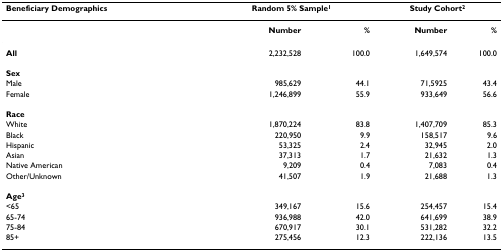
<table><thead><tr><td><b>Beneficiary Demographics</b></td><td colspan="2"><b>Random 5% Sample<sup>1</sup></b></td><td colspan="2"><b>Study Cohort<sup>2</sup></b></td></tr></thead><tbody><tr><td></td><td><b>Number</b></td><td><b>%</b></td><td><b>Number</b></td><td><b>%</b></td></tr><tr><td><b>All</b></td><td>2,232,528</td><td>100.0</td><td>1,649,574</td><td>100.0</td></tr><tr><td><b>Sex</b></td><td></td><td></td><td></td><td></td></tr><tr><td>Male</td><td>985,629</td><td>44.1</td><td>71,5925</td><td>43.4</td></tr><tr><td>Female</td><td>1,246,899</td><td>55.9</td><td>933,649</td><td>56.6</td></tr><tr><td><b>Race</b></td><td></td><td></td><td></td><td></td></tr><tr><td>White</td><td>1,870,224</td><td>83.8</td><td>1,407,709</td><td>85.3</td></tr><tr><td>Black</td><td>220,950</td><td>9.9</td><td>158,517</td><td>9.6</td></tr><tr><td>Hispanic</td><td>53,325</td><td>2.4</td><td>32,945</td><td>2.0</td></tr><tr><td>Asian</td><td>37,313</td><td>1.7</td><td>21,632</td><td>1.3</td></tr><tr><td>Native American</td><td>9,209</td><td>0.4</td><td>7,083</td><td>0.4</td></tr><tr><td>Other/Unknown</td><td>41,507</td><td>1.9</td><td>21,688</td><td>1.3</td></tr><tr><td><b>Age<sup>3</sup></b></td><td></td><td></td><td></td><td></td></tr><tr><td>&lt;65</td><td>349,167</td><td>15.6</td><td>254,457</td><td>15.4</td></tr><tr><td>65-74</td><td>936,988</td><td>42.0</td><td>641,699</td><td>38.9</td></tr><tr><td>75-84</td><td>670,917</td><td>30.1</td><td>531,282</td><td>32.2</td></tr><tr><td>85+</td><td>275,456</td><td>12.3</td><td>222,136</td><td>13.5</td></tr></tbody></table>